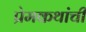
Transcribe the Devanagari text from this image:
प्रेमकथांची